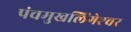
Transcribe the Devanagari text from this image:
पंचमुखलिंगेश्‍वर